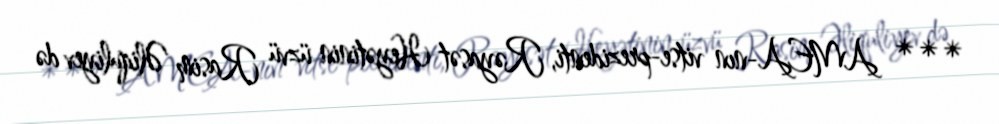
*** AMEA-nın vitse-prezidenti, Rəyasət Heyətinin üzvü Rasim Əliquliyev də